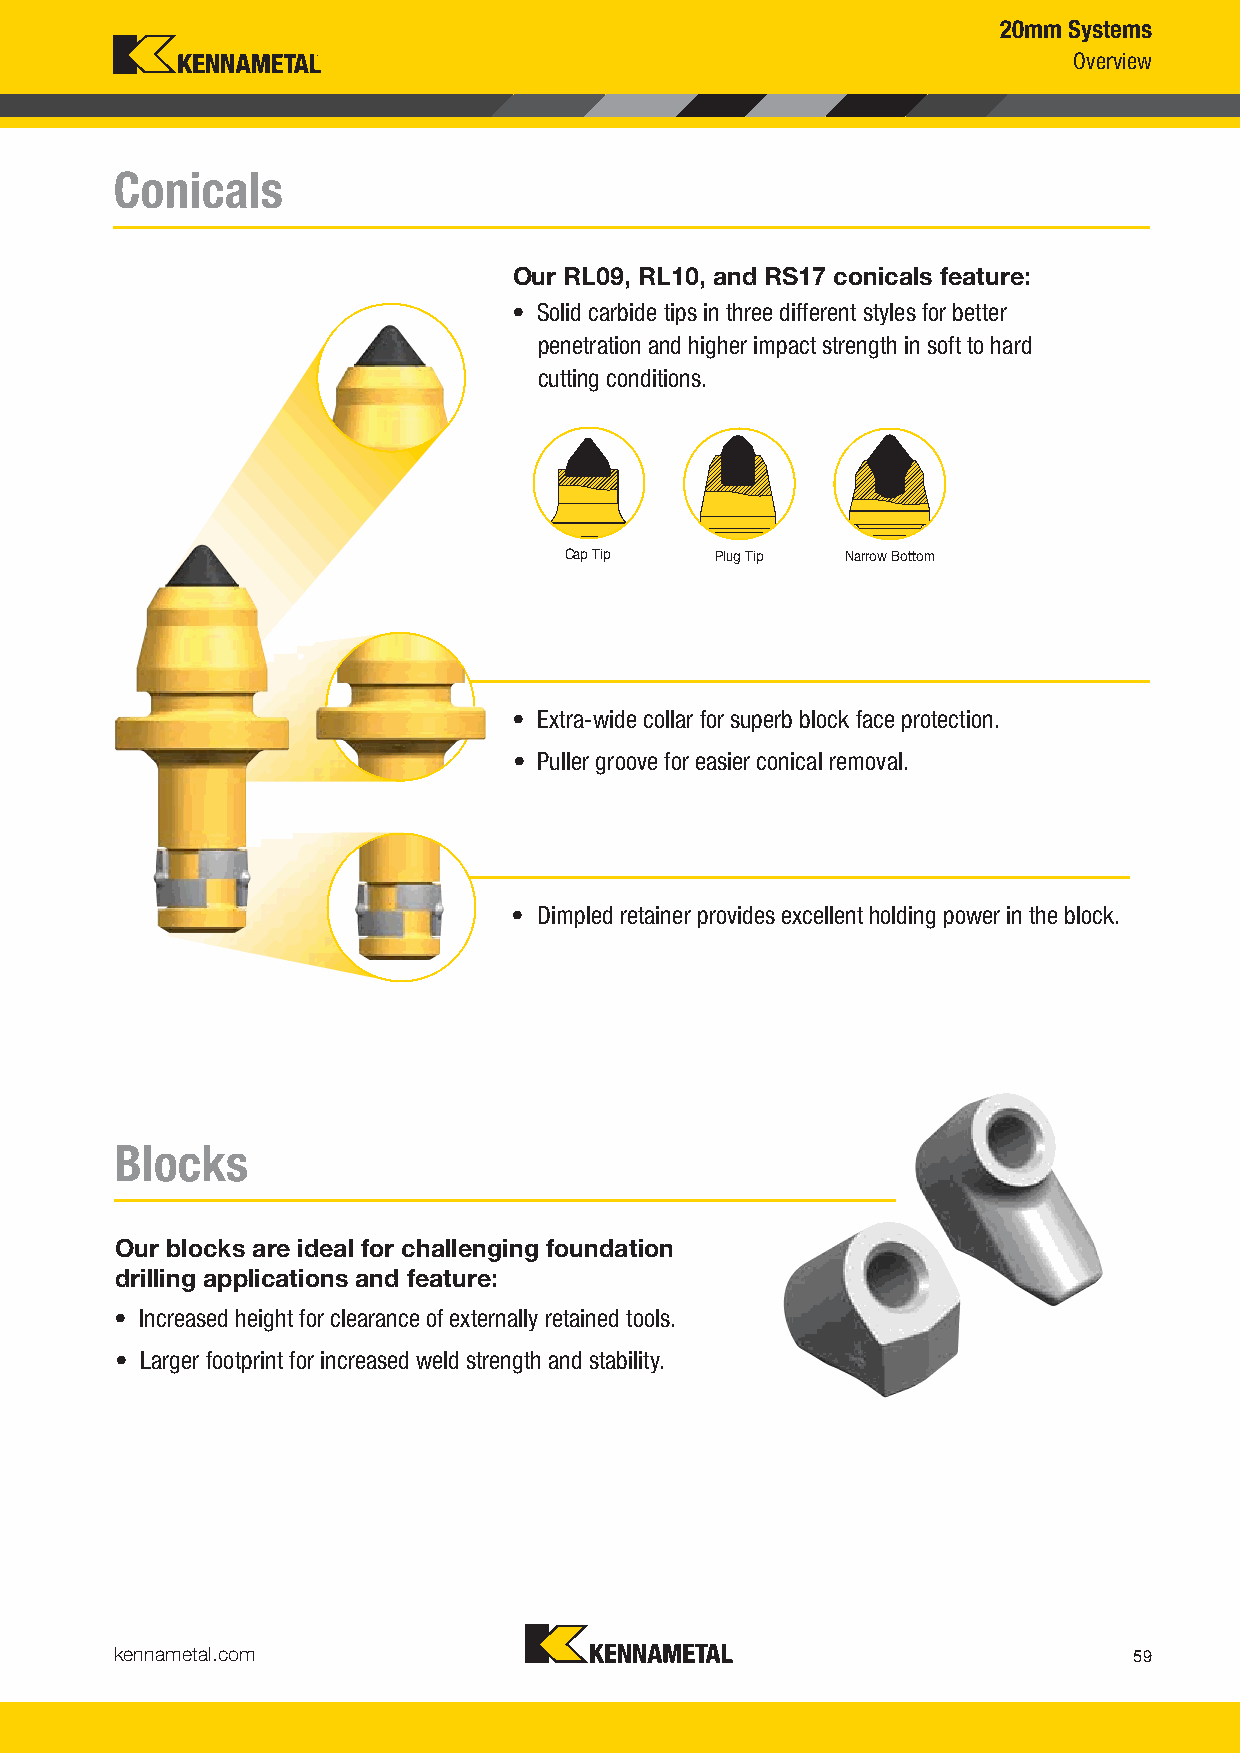
20mm Systems
 Overview
 Conicals
 Our RL09, RL10, and RS17 conicals feature:
 • Solid carbide tips in three different styles for better
 penetration and higher impact strength in soft to hard
 cutting conditions.
 Cap Tip   Plug Tip Narrow Bottom
 • Extra-wide collar for superb block face protection.
 • Puller groove for easier conical removal.
 • Dimpled retainer provides excellent holding power in the block.
 Blocks
 Our blocks are ideal for challenging foundation
 drilling applications and feature:
 • Increased height for clearance of externally retained tools.
 • Larger footprint for increased weld strength and stability.
 kennametal.com
 59
 KMT_Foundation_Drilling_2016_Catalog_058_059.indd 59 L V i KMT F d i Dilli 2016 C l 058 059O b 61200/1136/186 1 37:2A9M PM